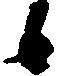
候